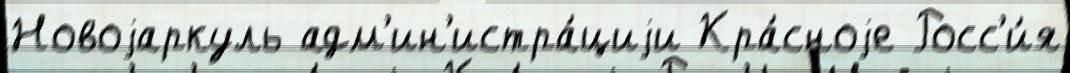
Новоjаркуль адм'ин'истра́циjи Кра́сноjе Росс'и́я